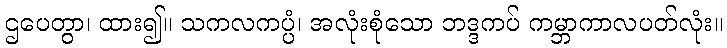
ဌပေတွာ၊ ထား၍။ သကလကပ္ပံ၊ အလုံးစုံသော ဘဒ္ဒကပ် ကမ္ဘာကာလပတ်လုံး။